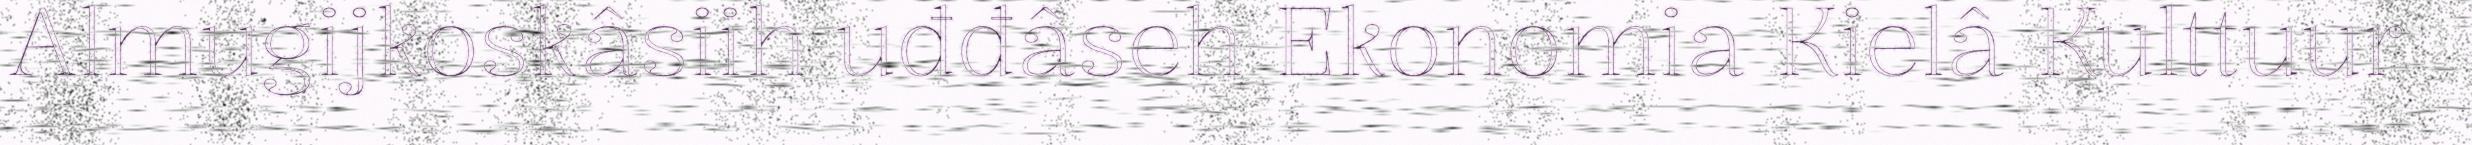
Almugijkoskâsiih uđđâseh Ekonomia Kielâ Kulttuur